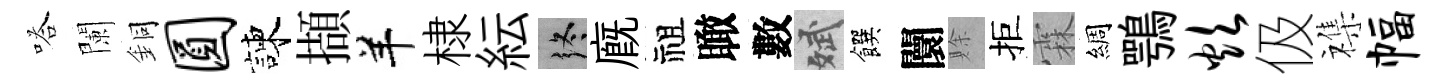
嗒闌銅圆諫擷羊棣紜终廐祖瞰數斌饌闤賖拒霖綢鶚炊伋襍幅